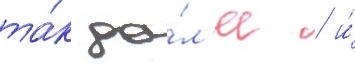
та́к да́л'ее / и́